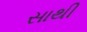
સાથી